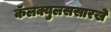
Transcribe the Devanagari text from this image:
कॅलक्युलससारखे